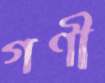
গণী